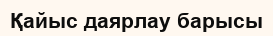
Қайыс даярлау барысы